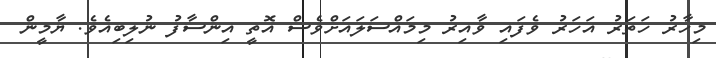
މިހާރު ހަތަރު އަހަރު ވެފައި ވާއިރު މިމައްސަލައަށްވެސް އޮތީ އިންސާފު ނުލިބިއެވެ. ޔާމީން